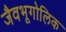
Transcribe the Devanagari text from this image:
जैवभूगोलिक